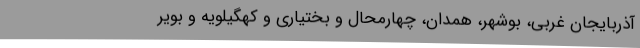
آذربایجان غربی، بوشهر، همدان، چهارمحال و بختیاری و کهگیلویه و بویر